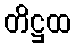
တိဋ္ဌထ